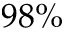
9 8 \%